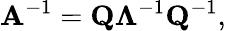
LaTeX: \mathbf{A}^{-1}=\mathbf{Q}\mathbf{\Lambda}^{-1}\mathbf{Q}^{-1},